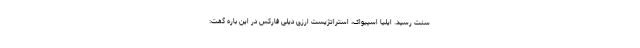
سنت رسید. ایلیا اسپیواک، استراتژیست ارزی دیلی فارکس در این باره گفت: